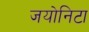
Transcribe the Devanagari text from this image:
जयोनिटा